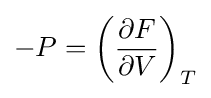
-P=\left({\frac {\partial F}{\partial V}}\right)_{T}